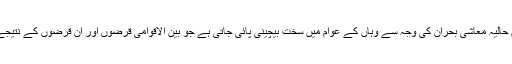
اِس اجلاس کا اہتمام شاہ سلمان نے ہنگامی طور پر کیا کیونکہ اُردن میں حالیہ معاشی بحران کی وجہ سے وہاں کے عوام میں سخت بیچینی پائی جاتی ہے جو بین الاقوامی قرضوں اور اِن قرضوں کے نتیجے میں بڑھنے والی مہنگائی پر احتجاج کیلئے سڑکوں پر نکل آئے تھے۔